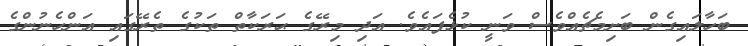
ބަހާލައިގެން ބަށިމެޗެއްވެސް ވަނީ ކުޅެފައެވެ. އަދި މިރޭގެ ޙަރަކާތް ތަކުގެ ތެރޭގައި އަންހެނުންގެ